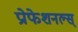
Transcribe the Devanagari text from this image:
प्रोफेशनल्स्